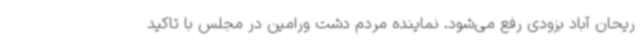
ریحان آباد بزودی رفع می‌شود. نماینده مردم دشت ورامین در مجلس با تاکید